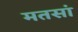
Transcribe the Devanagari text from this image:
मतसां